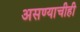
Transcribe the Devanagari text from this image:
असण्याचीही